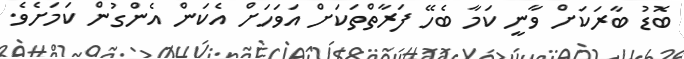
ބޮޑު ބާރަކަށް ވާނީ ކަމާ ބެހޭ ފަރާތްތަކަށް އަވަހަށް އެކަން އެންގުން ކަމަށެވެ.